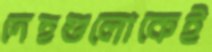
দেহগুলোকেই